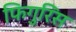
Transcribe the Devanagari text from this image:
फिगुरिंस